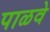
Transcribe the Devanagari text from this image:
पाळवे